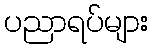
ပညာရပ်များ